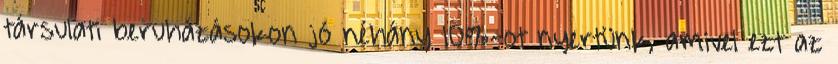
társulati beruházásokon jó néhány 10%-ot nyertünk, amivel ezt az